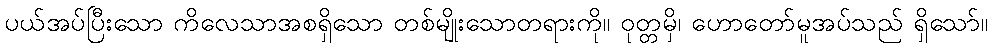
ပယ်အပ်ပြီးသော ကိလေသာအစရှိသော တစ်မျိုးသောတရားကို။ ဝုတ္တမှိ၊ ဟောတော်မူအပ်သည် ရှိသော်။